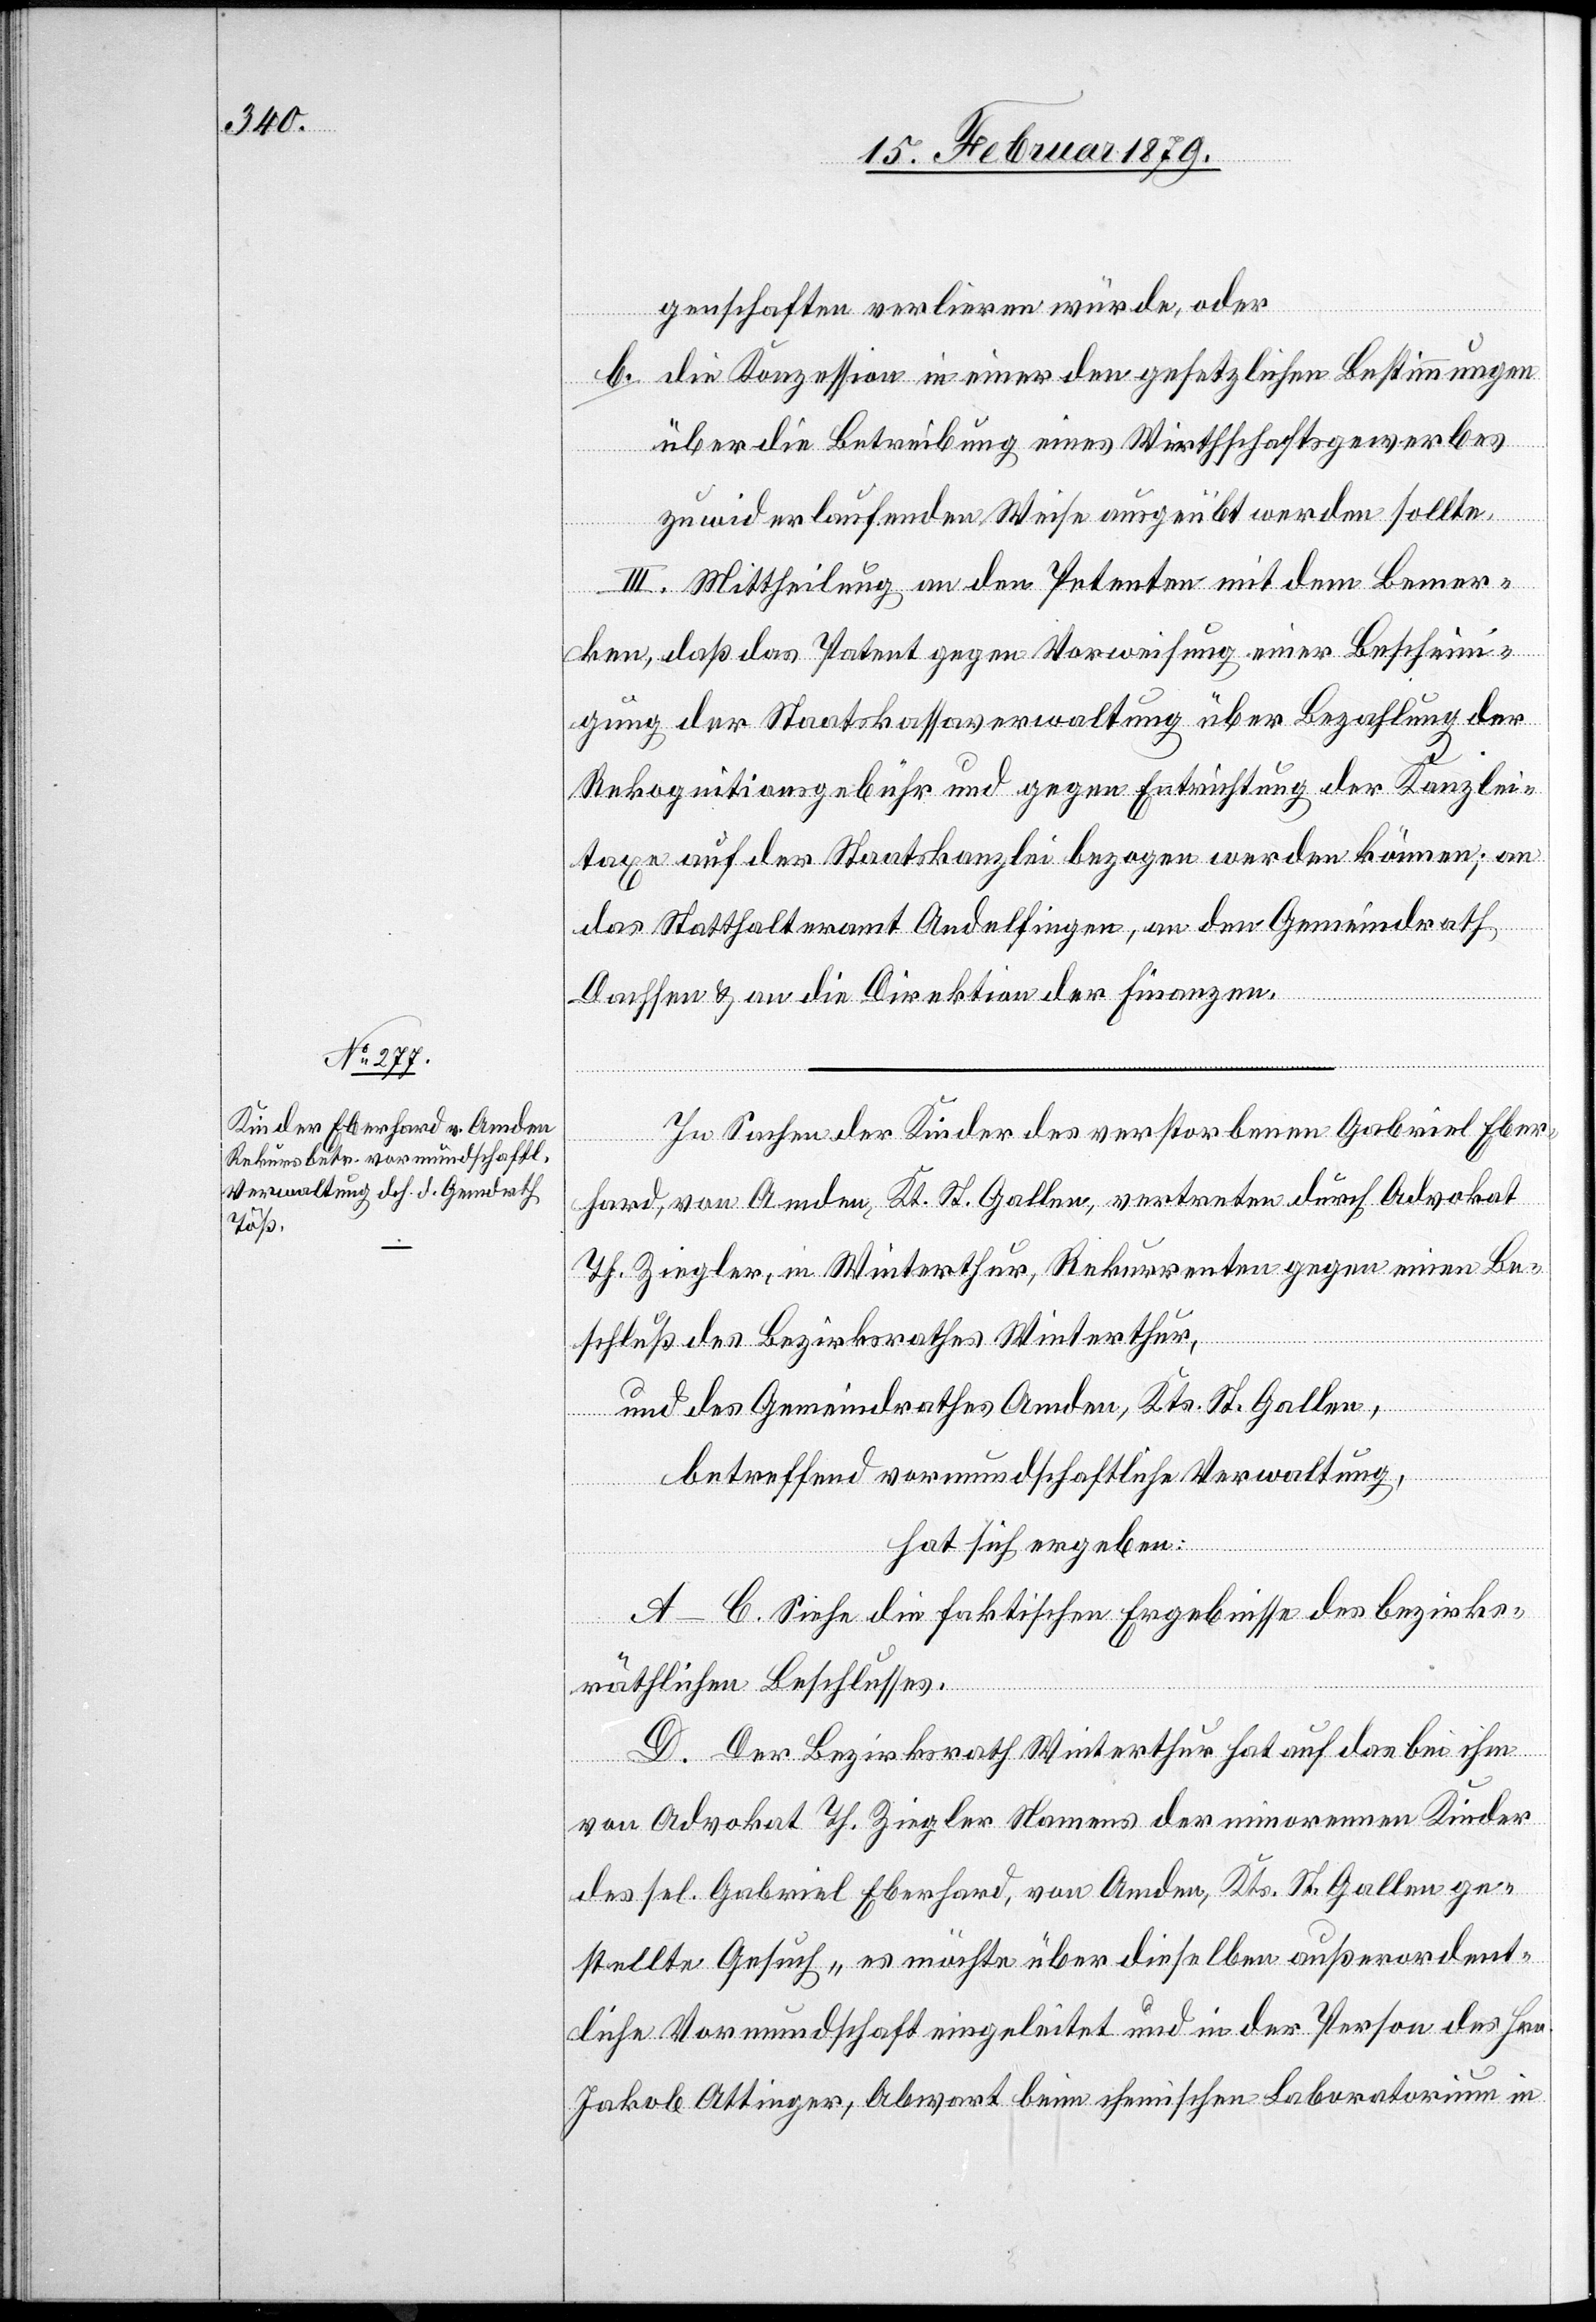
genschaften verlieren würde, oder
b. die Konzession in einer den gesetzlichen Bestimmungen
an
über die Betreibung eines Wirthschaftsgewerbes
zuwiderlaufenden Weise ausgeübt werden sollte.
III. Mittheilung an den Petenten mit dem Bemer¬
ken, daß das Patent gegen Vorweisung einer Beschein¬
igung der Staatskassaverwaltung über Bezahlung der
Rekognitionsgebühr und gegen Entrichtung der Kanzlei¬
taxe auf der Staatskanzlei bezogen werden können
das Statthalteramt Andelfingen, an den Gemeindrath
Dachsen & an die Direktion der Finanzen.
In Sachen der Kinder des verstorbenen Gabriel Eber¬
hard, von Amden, Kt. St. Gallen, vertreten durch Advokat
Th. Ziegler, in Winterthur, Rekurrenten gegen einen Be¬
schluß des Bezirksrathes Winterthur,
und des Gemeindrathes Amden, Kts. St. Gallen,
betreffend vormundschaftliche Verwaltung,
hat sich ergeben:
A–C. Siehe die faktischen Ergebnisse des bezirks¬
räthlichen Beschlusses.
D. Der Bezirksrath Winterthur hat auf das bei ihm
von Advokat Th. Ziegler Namens der minorennen Kinder
des sel. Gabriel Eberhard, von Amden, Kts. St. Gallen ge¬
stellte Gesuch „es möchte über dieselben außerordent¬
liche Vormundschaft eingeleitet und in der Person des Hrn.
Jakob Attinger, Advokat beim chemischen Laboratorium in